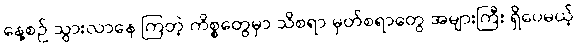
နေ့စဉ် သွားလာနေ ကြတဲ့ ကိစ္စတွေမှာ သိစရာ မှတ်စရာတွေ အများကြီး ရှိပေမယ့်